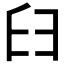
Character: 𦥑